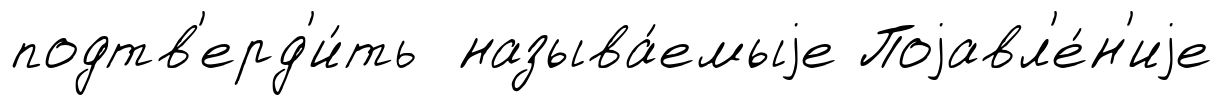
подтв'ерд'и́ть называ́емыjе Поjавл'е́н'иjе